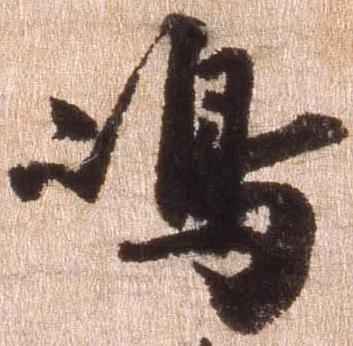
島